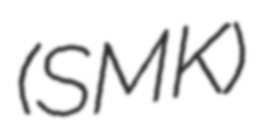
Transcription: (SMK)